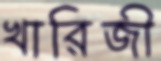
খারিজী